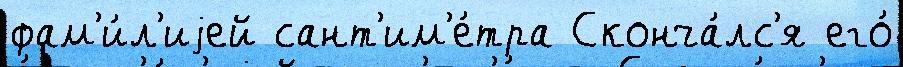
фам'и́л'иjей сант'им'е́тра Сконча́лс'я его́